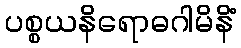
ပစ္စယနိရောဓဂါမိနိံ